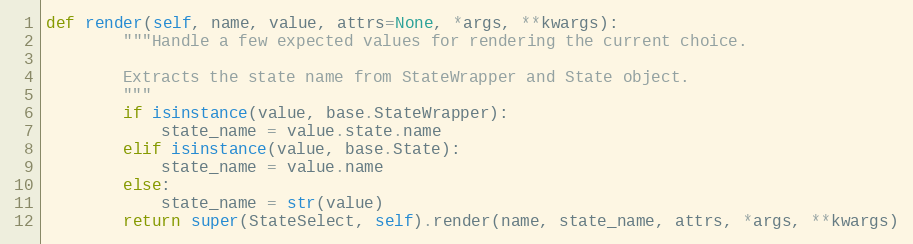
Language: Python
def render(self, name, value, attrs=None, *args, **kwargs):
        """Handle a few expected values for rendering the current choice.

        Extracts the state name from StateWrapper and State object.
        """
        if isinstance(value, base.StateWrapper):
            state_name = value.state.name
        elif isinstance(value, base.State):
            state_name = value.name
        else:
            state_name = str(value)
        return super(StateSelect, self).render(name, state_name, attrs, *args, **kwargs)